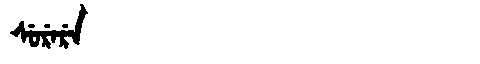
Manchu: ᠰᡠᡵᡝᡵᡝ
Romanization: SURERE